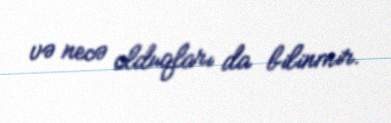
və necə olduqları da bilinmir.